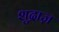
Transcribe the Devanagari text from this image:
शुद्राज़